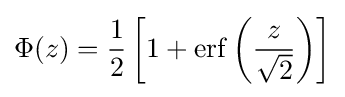
\Phi (z)={\frac {1}{2}}\left[1+\operatorname {erf} \left({\frac {z}{\sqrt {2}}}\right)\right]